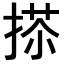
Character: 𢰀